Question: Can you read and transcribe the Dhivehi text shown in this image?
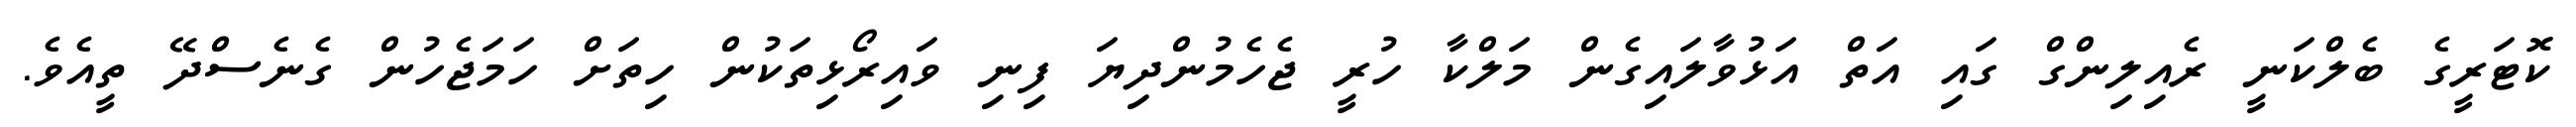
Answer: ކޮޓަރީގެ ބެލްކަނީ ރެއިލިންގް ގައި އަތް އަޅުވާލައިގެން މަލްކާ ހުރީ ޖެހެމުންދިޔަ ފިނި ވައިރޯޅިތަކުން ހިތަށް ހަމަޖެހުން ގެނެސްދޭ ތީއެވެ.